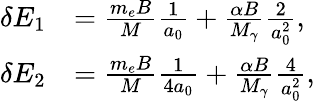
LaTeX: \begin{array}{rl}{\delta E_{1}}&{=\frac{m_{e}B}{M}\frac{1}{a_{0}}+\frac{\alpha B}{M_{\gamma}}\frac{2}{a_{0}^{2}},}\\ {\delta E_{2}}&{=\frac{m_{e}B}{M}\frac{1}{4a_{0}}+\frac{\alpha B}{M_{\gamma}}\frac{4}{a_{0}^{2}},}\end{array}